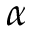
\alpha